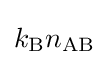
k_{\mathrm {B} }n_{\mathrm {AB} }